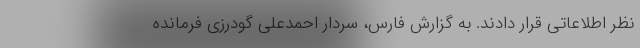
نظر اطلاعاتی قرار دادند. به گزارش فارس، سردار احمدعلی گودرزی فرمانده